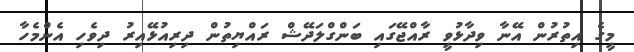
މީގެ އިތުރުން އޭނާ ވިދާޅުވީ ރާއްޖޭގައި ބަންގްލަދޭޝް ރައްޔިތުން ދިރިއުޅޭއިރު ދިވެހި އެންމެހާ